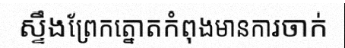
ស្ទឹងព្រែកត្នោតកំពុងមានការចាក់